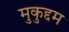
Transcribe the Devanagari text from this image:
मुकुद्दम